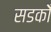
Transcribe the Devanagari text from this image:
सडकोँ